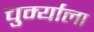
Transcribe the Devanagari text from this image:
चुर्म्याला